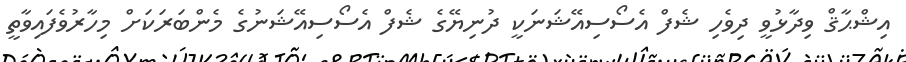
އިޝްޙާޤް ވިދާޅުވީ ދިވެހި ޝެފް އެސޯސިއޭޝަނަކީ ދުނިޔޭގެ ޝެފް އެސޯސިއޭޝަނުގެ މެންބަރަކަށް މިހާރުވެފައިވާތީ